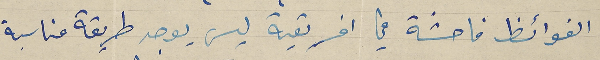
الفوائظ فاحشة في افريقية ليس يوجد طريقة مناسبة